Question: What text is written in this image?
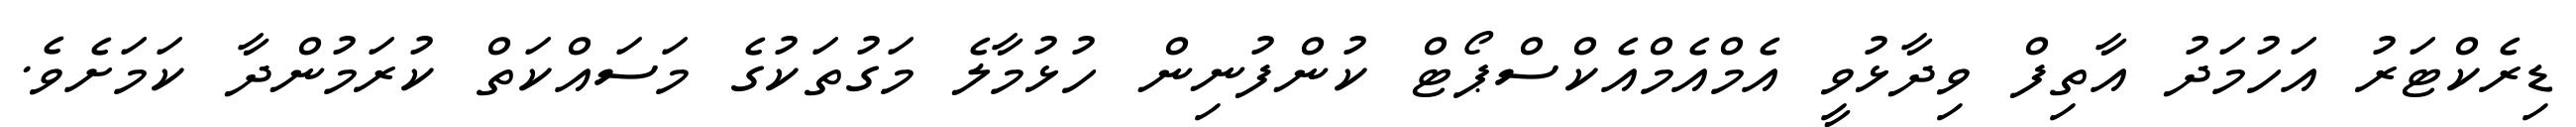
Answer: ޑިރެކްޓަރު އަހުމަދު އާތިފް ވިދާޅުވީ އެމްއެމްއެކްސްޕޯޓް ކުންފުނިން ހުޅުމާލެ މަގުތަކުގެ މަސައްކަތް ކުރަމުންދާ ކަމަށެވެ.